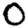
Digit: 0